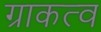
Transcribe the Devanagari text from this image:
ग्राकत्व